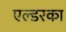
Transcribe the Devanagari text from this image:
एल्डरका